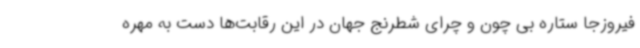
فیروزجا ستاره بی چون و چرای شطرنج جهان در این رقابت‌ها دست به مهره